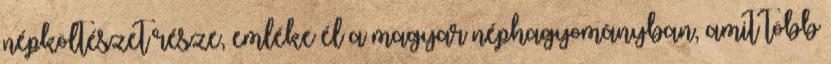
népköltészet része, emléke él a magyar néphagyományban, amit több